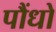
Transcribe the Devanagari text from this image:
पौंधो